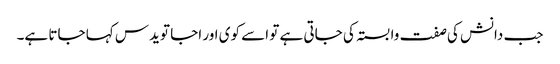
جب دانش کی صفت وابستہ کی جاتی ہے تو اسے کوی اور اجا تویدس کہا جاتا ہے۔